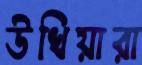
উখিয়ারা